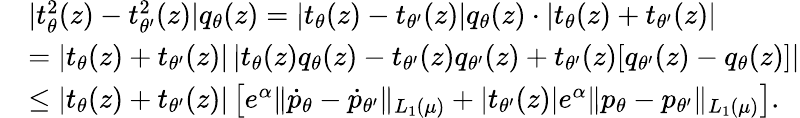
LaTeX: \begin{array}{rl}&{|t_{\theta}^{2}(z)-t_{\theta^{\prime}}^{2}(z)|{q}_{\theta}(z)=|t_{\theta}(z)-t_{\theta^{\prime}}(z)|{q}_{\theta}(z)\cdot|t_{\theta}(z)+t_{\theta^{\prime}}(z)|}\\ &{=|t_{\theta}(z)+t_{\theta^{\prime}}(z)|\left|t_{\theta}(z){q}_{\theta}(z)-t_{\theta^{\prime}}(z){q}_{\theta^{\prime}}(z)+t_{\theta^{\prime}}(z)[{q}_{\theta^{\prime}}(z)-{q}_{\theta}(z)]\right|}\\ &{\le|t_{\theta}(z)+t_{\theta^{\prime}}(z)|\left[e^{\alpha}\| \dot{p}_{\theta}-\dot{p}_{\theta^{\prime}}\| _{L_{1}(\mu)}+|t_{\theta^{\prime}}(z)|e^{\alpha}\| {p}_{\theta}-{p}_{\theta^{\prime}}\| _{L_{1}(\mu)}\right].}\end{array}